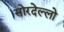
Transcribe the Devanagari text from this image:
सोरदेल्लो